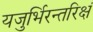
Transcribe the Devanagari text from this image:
यजुर्भिरन्तरिक्षं